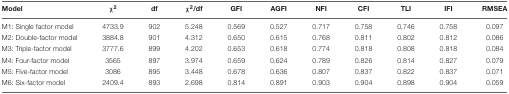
<table><thead><tr><td><b>Model</b></td><td><b><i>χ</i><sup>2</sup></b></td><td><b>df</b></td><td><b>χ<sup>2</sup>/df</b></td><td><b>GFI</b></td><td><b>AGFI</b></td><td><b>NFI</b></td><td><b>CFI</b></td><td><b>TLI</b></td><td><b>IFI</b></td><td><b>RMSEA</b></td></tr></thead><tbody><tr><td>M1: Single factor model</td><td>4733.9</td><td>902</td><td>5.248</td><td>0.569</td><td>0.527</td><td>0.717</td><td>0.758</td><td>0.746</td><td>0.758</td><td>0.097</td></tr><tr><td>M2: Double-factor model</td><td>3884.8</td><td>901</td><td>4.312</td><td>0.650</td><td>0.615</td><td>0.768</td><td>0.811</td><td>0.802</td><td>0.812</td><td>0.086</td></tr><tr><td>M3: Triple-factor model</td><td>3777.6</td><td>899</td><td>4.202</td><td>0.653</td><td>0.618</td><td>0.774</td><td>0.818</td><td>0.808</td><td>0.818</td><td>0.084</td></tr><tr><td>M4: Four-factor model</td><td>3565</td><td>897</td><td>3.974</td><td>0.659</td><td>0.624</td><td>0.789</td><td>0.826</td><td>0.814</td><td>0.827</td><td>0.079</td></tr><tr><td>M5: Five-factor model</td><td>3086</td><td>895</td><td>3.448</td><td>0.678</td><td>0.636</td><td>0.807</td><td>0.837</td><td>0.822</td><td>0.837</td><td>0.071</td></tr><tr><td>M6: Six-factor model</td><td>2409.4</td><td>893</td><td>2.698</td><td>0.814</td><td>0.891</td><td>0.903</td><td>0.904</td><td>0.898</td><td>0.904</td><td>0.059</td></tr></tbody></table>